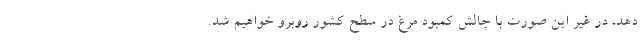
دهد، در غیر این صورت با چالش کمبود مرغ در سطح کشور روبرو خواهیم شد.